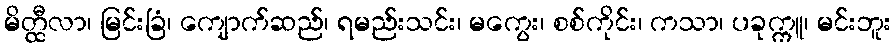
မိတ္ထီလာ၊ မြင်းခြံ၊ ကျောက်ဆည်၊ ရမည်းသင်း၊ မကွေး၊ စစ်ကိုင်း၊ ကသာ၊ ပခုက္ကူ၊ မင်းဘူး